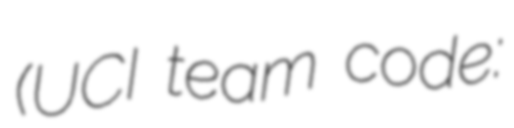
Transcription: (UCI team code: